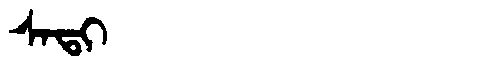
Manchu: ᠰᠠᡨᡳ
Romanization: SATI